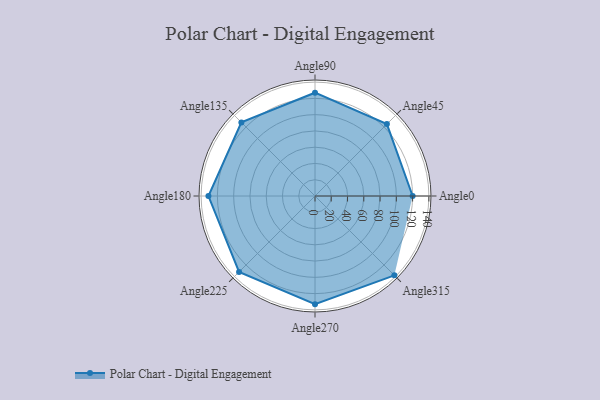
{"axis": {"x": "Angle", "y": "Radius"}, "legend": [""], "data": [{"x": "Angle0", "y": 120.0, "type": ""}, {"x": "Angle45", "y": 125.0, "type": ""}, {"x": "Angle90", "y": 127.0, "type": ""}, {"x": "Angle135", "y": 128.0, "type": ""}, {"x": "Angle180", "y": 131.0, "type": ""}, {"x": "Angle225", "y": 132.0, "type": ""}, {"x": "Angle270", "y": 133.0, "type": ""}, {"x": "Angle315", "y": 138.0, "type": ""}]}